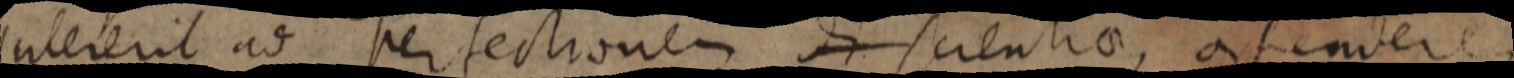
intererit ad perfectionem di scientiae, contendere